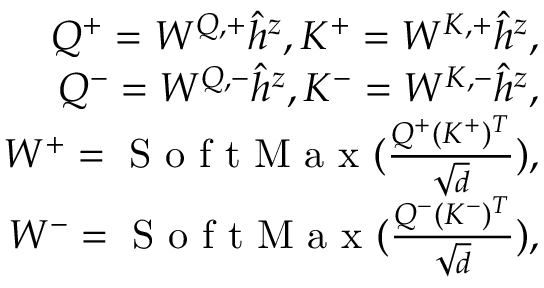
\begin{array} { r } { Q ^ { + } = W ^ { Q , + } \hat { h } ^ { z } , K ^ { + } = W ^ { K , + } \hat { h } ^ { z } , } \\ { Q ^ { - } = W ^ { Q , - } \hat { h } ^ { z } , K ^ { - } = W ^ { K , - } \hat { h } ^ { z } , } \\ { W ^ { + } = \mathrm { ~ S ~ o ~ f ~ t ~ M ~ a ~ x ~ } ( \frac { Q ^ { + } ( K ^ { + } ) ^ { T } } { \sqrt { d } } ) , } \\ { W ^ { - } = \mathrm { ~ S ~ o ~ f ~ t ~ M ~ a ~ x ~ } ( \frac { Q ^ { - } ( K ^ { - } ) ^ { T } } { \sqrt { d } } ) , } \end{array}